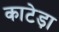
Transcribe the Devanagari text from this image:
काटेड़ा